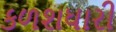
કળશધારી